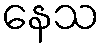
နေသ